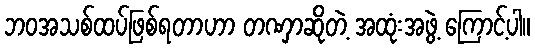
ဘဝအသစ်ထပ်ဖြစ်ရတာဟာ တဏှာဆိုတဲ့ အထုံးအဖွဲ့ ကြောင့်ပါ။